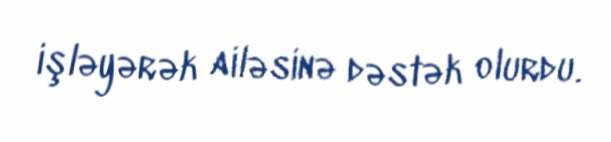
işləyərək ailəsinə dəstək olurdu.